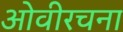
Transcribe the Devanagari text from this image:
ओवीरचना